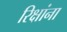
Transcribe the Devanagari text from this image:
रिक्षांना